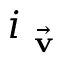
i _ { \vec { \textbf { v } } }